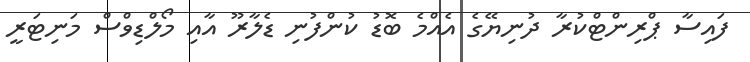
ފައިސާ ޕްރިންޓްކުރާ ދުނިޔޭގެ އެއްމެ ބޮޑު ކުންފުނި ޑެލާރޫ އާއި މޯލްޑިވްސް މަނިޓަރީ